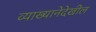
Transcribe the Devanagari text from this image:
व्याख्यानेदेखील